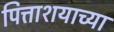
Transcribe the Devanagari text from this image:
पित्ताशयाच्या